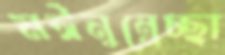
মঈনুন্নেচ্ছা